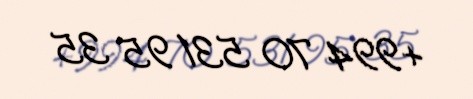
+994 70 531 95 35